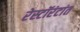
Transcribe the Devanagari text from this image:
रेस्टॉरंटांत